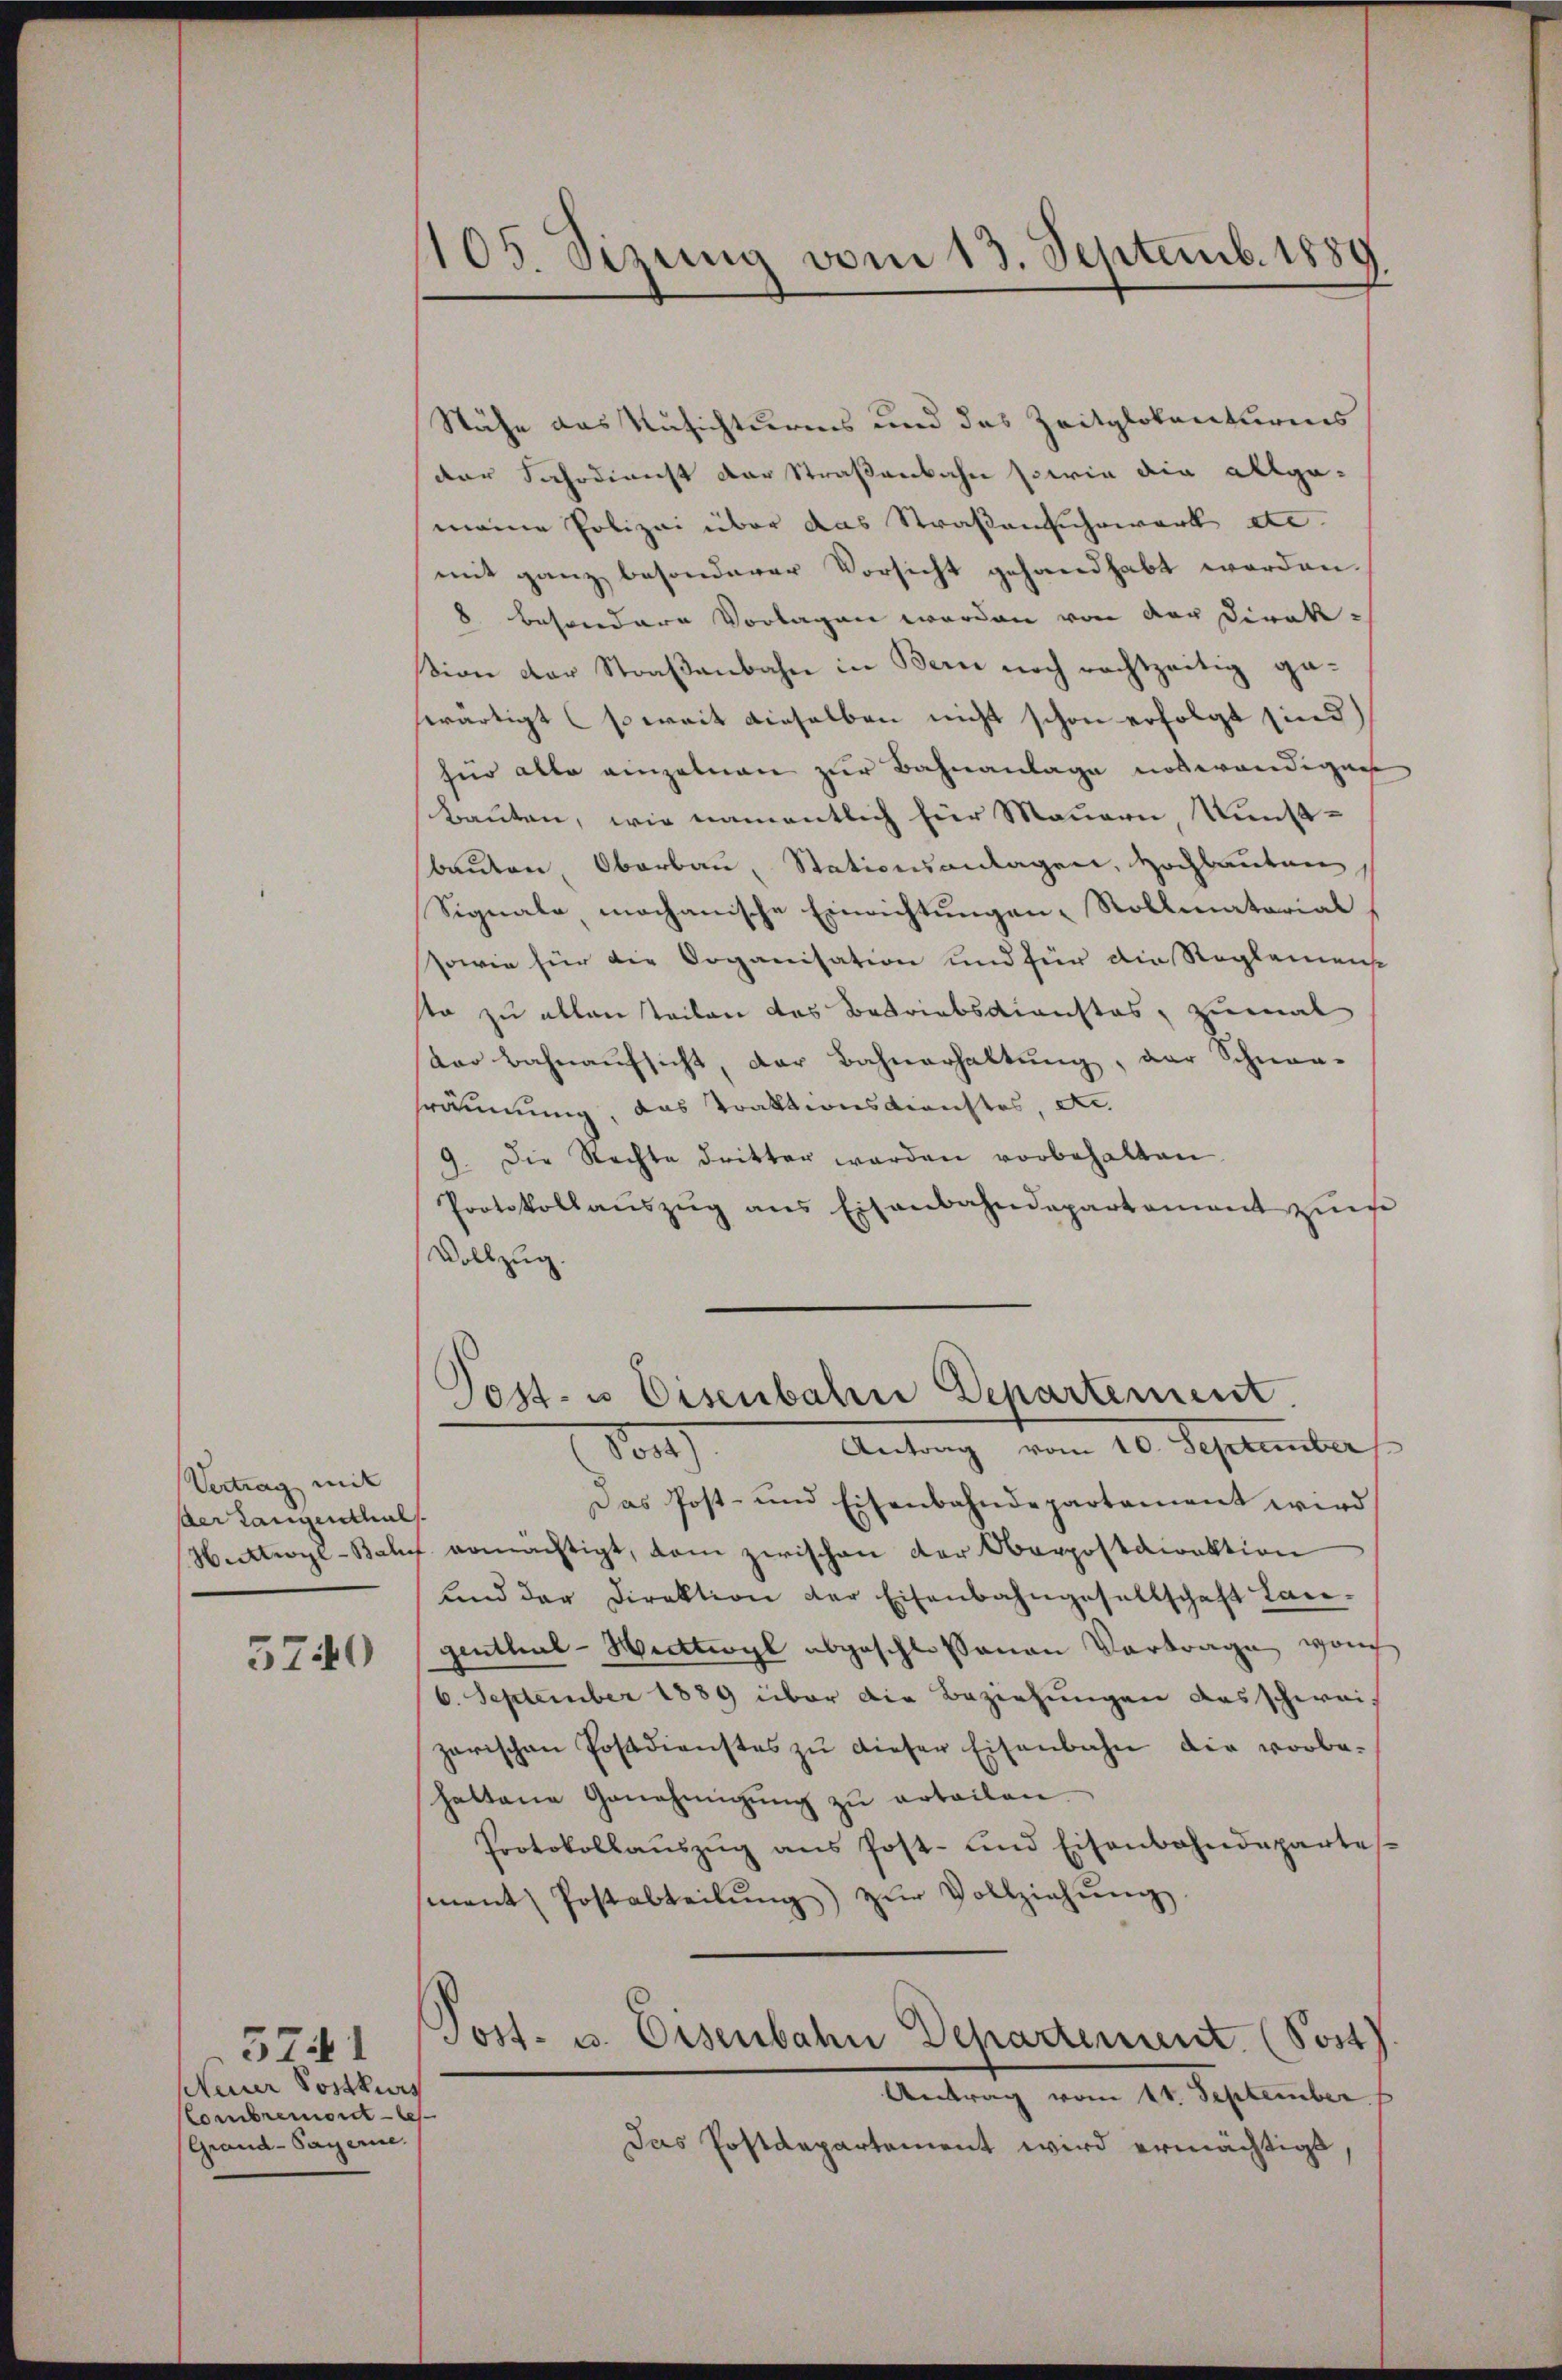
Vertrag mit
der Langenthal

5740

5741
Nauer Postkurs
Combremonte
Grand-Payerne.

1105. Sizung vom 13. Septemb. 1889

Stähe das Musichturms und das Zeitglotenturiis
der Fahrdienst der Straßenbahn sowie die allge-
meine Polizei über das Straßenfuhrwerk etc.
mit ganz besonderer Vorsicht gehandhabt worden.
8 besondere Vorlagen werden von der Direksion der Straßenbahn in Bern noch rechtzeitig gaswärtigt (soweit dieselben nicht schon erfolgt sind)
für alle einzelnen zur Bahnanlage notwendigen
bauten, wie namentlich für Mauern, Kunstbauten, Oberbau, Stationsanlagen, Hochbauten
Signale mochanische Einrichtungen Rollmatorial
sowie für die Organisation und für die Reglemens
to zu allen teilen das Betriebsdienstes, zumal
(der Bahnaŭfsicht, der Bahnerhaltŭng, der Schnoa-
sräumung, das Traktionsdienstes, etc.
9. Die Nachte dritter werden vorbehalten.
Protokollauszug aus Eisenbahndepartament zur
Dollzug.
Post- u Eisenbahn Departement.
Antrag vom 10. September
dor
Das Post- und Eisenbahndepartement wird
Hetwyl-Bahn ermächtigt, dem zwischen der Oberpostdirektion
und der Direktion der Eisenbahngesellschaft Lan-
genthal - Hudtwyl abgeschlossenen Vortrage nach
6. September 1889 über die Beziehungen das schweis
zarischen Postdienstes zŭ dieser Eisenbahn die vorbe-
hattene Genehmigŭng zŭ erteilen.
Protokollaŭszŭg ans Post- und Eisenbahndepartes
mant Postabteilŭng zŭr Vollziehŭng
Post- u. Eisenbahn Departement. (Sost).
Antrag vom 11. September
Das Postdepartement wird ermächtigt,